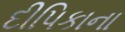
દીપિકાના